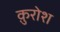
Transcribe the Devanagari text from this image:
क़ुरोश